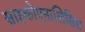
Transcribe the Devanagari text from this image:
साइकोएनालिसिस